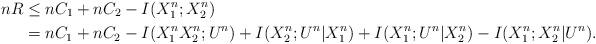
LaTeX: \begin{align*}nR&\leq nC_1+nC_2 -I(X_1^n;X_2^n)\\&= nC_1+nC_2 -I(X_1^nX_2^n;U^n)+I(X_2^n;U^n|X_1^n)+I(X_1^n;U^n|X_2^n)-I(X_1^n;X_2^n|U^n).\end{align*}